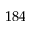
1 8 4